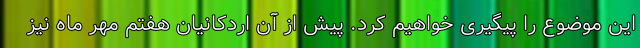
این موضوع را پیگیری خواهیم کرد. پیش از آن اردکانیان هفتم مهر ماه نیز